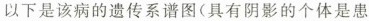
以下是该病的遗传系谱图(具有阴影的个体是患